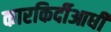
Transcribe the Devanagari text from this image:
कारकिर्दीआधी